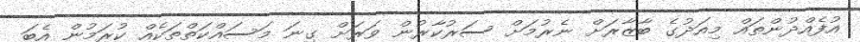
އުފެއްދުންތައް މިއަދުގެ ބާޒާރަށް ނެރުމަށް ސަރުކާރުން ވަރަށް ގިނަ މަސައްކަތްތަކެއް ކުރަމުން އެބަ